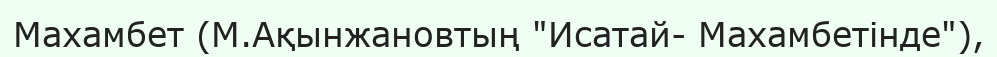
Махамбет (М.Ақынжановтың "Исатай- Махамбетінде"),